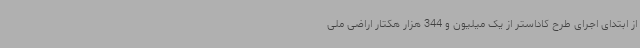
از ابتدای اجرای طرح کاداستر از یک میلیون و 344 هزار هکتار اراضی ملی